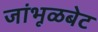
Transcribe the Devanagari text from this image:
जांभूळबेट